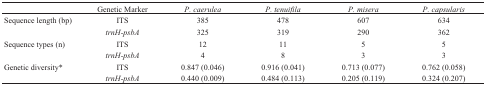
<table><thead><tr><td></td><td><b>Genetic Marker</b></td><td><b><i>P. caerulea</i></b></td><td><b><i>P. tenuifila</i></b></td><td><b><i>P. misera</i></b></td><td><b><i>P. capsularis</i></b></td></tr></thead><tbody><tr><td>Sequence length (bp)</td><td>ITS</td><td>385</td><td>478</td><td>607</td><td>634</td></tr><tr><td></td><td><i>trnH-psbA</i></td><td>325</td><td>319</td><td>290</td><td>362</td></tr><tr><td>Sequence types (n)</td><td>ITS</td><td>12</td><td>11</td><td>5</td><td>5</td></tr><tr><td></td><td><i>trnH-psbA</i></td><td>4</td><td>8</td><td>3</td><td>3</td></tr><tr><td>Genetic diversity<sup>*</sup></td><td>ITS</td><td>0.847 (0.046)</td><td>0.916 (0.041)</td><td>0.713 (0.077)</td><td>0.762 (0.058)</td></tr><tr><td></td><td><i>trnH-psbA</i></td><td>0.440 (0.009)</td><td>0.484 (0.113)</td><td>0.205 (0.119)</td><td>0.324 (0.207)</td></tr></tbody></table>